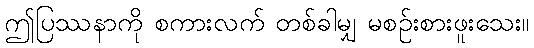
ဤပြဿနာကို စကားလက် တစ်ခါမျှ မစဉ်းစားဖူးသေး။